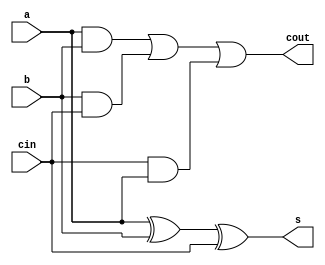
module fulladd (s, cout, a, b, cin);
 input a, b, cin;
 output s, cout;
 assign s = a ^ b ^ cin;
 assign cout = (a & b) | (b & cin) | (cin & a);
endmodule
module rca8 (s, cout, a, b, cin);
 input [7:0] a, b;
 input cin;
 output [7:0] s;
 output cout;

 wire [8:0] c;
 assign c[0] = cin;
 assign cout = c[8];
 genvar i;
 generate
 for (i = 0; i < 8; i = i + 1) begin : gen_ripple_carry_add
 fulladd fa (
 .s(s[i]), .cout(c[i+1]),
 .a(a[i]), .b(b[i]), .cin(c[i])
 );
 end
 endgenerate
endmodule

module add8 (s, cout, a, b, cin);
 input [7:0] a, b;
 input cin;
 output [7:0] s;
 output cout;
 assign {cout, s} = a + b + cin;

endmodule

module add8_clk (out, in1, in2, CLK, RST_N);
 input CLK, RST_N;
 input [7:0] in1, in2;
 output [8:0] out;
 wire [7:0] in1, in2;
 reg [7:0] in1_reg, in2_reg;
 reg [8:0] out;
 always @(posedge CLK) begin
 if (!RST_N) begin
 in1_reg <= 0;
 in2_reg <= 0;
 out <= 0;
 end
 else begin
 in1_reg <= in1;
 in2_reg <= in2;
 out <= in1_reg + in2_reg;
 end
 end

endmodule